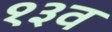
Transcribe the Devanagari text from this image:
१३व